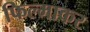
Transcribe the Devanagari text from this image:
फिल्माकर